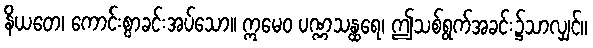
နိယတေ၊ ကောင်းစွာခင်းအပ်သော။ ဣမေဝ ပဏ္ဏသန္ထရေ၊ ဤသစ်ရွက်အခင်း၌သာလျှင်။